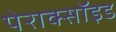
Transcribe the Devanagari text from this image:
पेराक्सॉइड